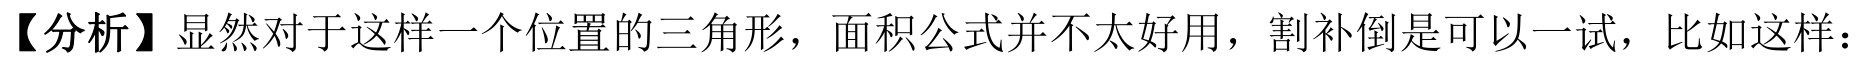
【分析】显然对于这样一个位置的三角形，面积公式并不太好用，割补倒是可以一试，比如这样：